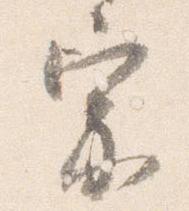
宗